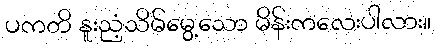
ပကတိ နူးညံ့သိမ်မွေ့သော မိန်းကလေးပါလား။